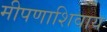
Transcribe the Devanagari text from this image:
मीपणाशिवाय